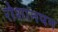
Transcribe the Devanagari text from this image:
रोशानपन